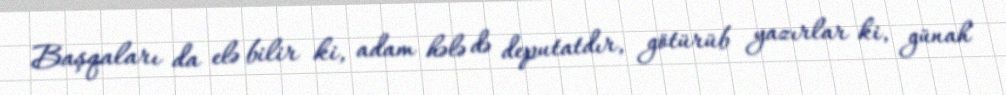
Başqaları da elə bilir ki, adam hələ də deputatdır, götürüb yazırlar ki, günah